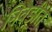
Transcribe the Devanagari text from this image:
निवडीत